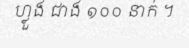
ហ្លួង ជាង ១០០ នាក់ ។